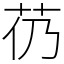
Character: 芿